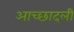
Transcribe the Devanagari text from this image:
आच्छादली